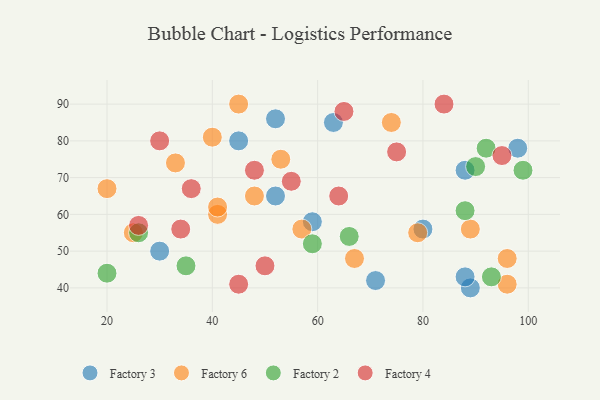
{"axis": {"x": "GDP", "y": "Life Expectancy"}, "legend": ["Factory 2", "Factory 3", "Factory 4", "Factory 6"], "data": [{"x": "52", "y": 65, "type": "Factory 3"}, {"x": "89", "y": 40, "type": "Factory 3"}, {"x": "88", "y": 43, "type": "Factory 3"}, {"x": "30", "y": 50, "type": "Factory 3"}, {"x": "45", "y": 80, "type": "Factory 3"}, {"x": "52", "y": 86, "type": "Factory 3"}, {"x": "98", "y": 78, "type": "Factory 3"}, {"x": "59", "y": 58, "type": "Factory 3"}, {"x": "80", "y": 56, "type": "Factory 3"}, {"x": "71", "y": 42, "type": "Factory 3"}, {"x": "88", "y": 72, "type": "Factory 3"}, {"x": "63", "y": 85, "type": "Factory 3"}, {"x": "96", "y": 41, "type": "Factory 6"}, {"x": "79", "y": 55, "type": "Factory 6"}, {"x": "25", "y": 55, "type": "Factory 6"}, {"x": "89", "y": 56, "type": "Factory 6"}, {"x": "45", "y": 90, "type": "Factory 6"}, {"x": "67", "y": 48, "type": "Factory 6"}, {"x": "48", "y": 65, "type": "Factory 6"}, {"x": "41", "y": 60, "type": "Factory 6"}, {"x": "40", "y": 81, "type": "Factory 6"}, {"x": "41", "y": 62, "type": "Factory 6"}, {"x": "53", "y": 75, "type": "Factory 6"}, {"x": "33", "y": 74, "type": "Factory 6"}, {"x": "74", "y": 85, "type": "Factory 6"}, {"x": "96", "y": 48, "type": "Factory 6"}, {"x": "20", "y": 67, "type": "Factory 6"}, {"x": "57", "y": 56, "type": "Factory 6"}, {"x": "90", "y": 73, "type": "Factory 2"}, {"x": "88", "y": 61, "type": "Factory 2"}, {"x": "59", "y": 52, "type": "Factory 2"}, {"x": "26", "y": 55, "type": "Factory 2"}, {"x": "99", "y": 72, "type": "Factory 2"}, {"x": "20", "y": 44, "type": "Factory 2"}, {"x": "92", "y": 78, "type": "Factory 2"}, {"x": "35", "y": 46, "type": "Factory 2"}, {"x": "66", "y": 54, "type": "Factory 2"}, {"x": "93", "y": 43, "type": "Factory 2"}, {"x": "48", "y": 72, "type": "Factory 4"}, {"x": "50", "y": 46, "type": "Factory 4"}, {"x": "55", "y": 69, "type": "Factory 4"}, {"x": "64", "y": 65, "type": "Factory 4"}, {"x": "36", "y": 67, "type": "Factory 4"}, {"x": "84", "y": 90, "type": "Factory 4"}, {"x": "45", "y": 41, "type": "Factory 4"}, {"x": "30", "y": 80, "type": "Factory 4"}, {"x": "34", "y": 56, "type": "Factory 4"}, {"x": "26", "y": 57, "type": "Factory 4"}, {"x": "65", "y": 88, "type": "Factory 4"}, {"x": "95", "y": 76, "type": "Factory 4"}, {"x": "75", "y": 77, "type": "Factory 4"}]}